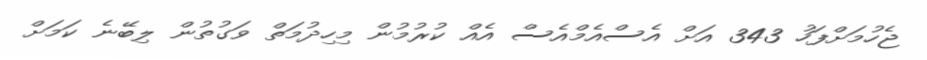
ޖެހުމަށްފަހު 343 އަށް އެސްއެމްއެސް އެއް ކުރުމުން މިހިދުމަތް ވަގުތުން ލިބޭނެ ކަމަށް